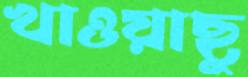
খাওয়াছু